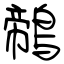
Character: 鶙